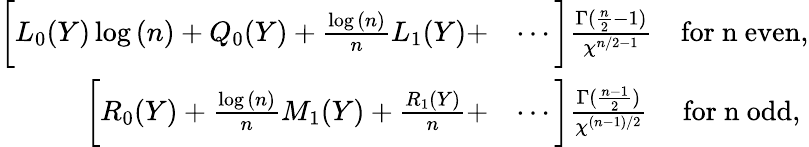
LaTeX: \begin{array}{rl}{\bigg[L_{0}(Y)\log{(n)}+Q_{0}(Y)+\frac{\log{(n)}}{n}L_{1}(Y)+}&{\cdots\bigg]\frac{\Gamma(\frac{n}{2}-1)}{\chi^{n/2-1}}\quad\mathrm{for~n~even},}\\ {\bigg[R_{0}(Y)+\frac{\log{(n)}}{n}M_{1}(Y)+\frac{R_{1}(Y)}{n}+}&{\cdots\bigg]\frac{\Gamma(\frac{n-1}{2})}{\chi^{(n-1)/2}}\quad~\mathrm{for~n~odd},}\end{array}